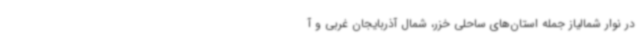
در نوار شمالیاز جمله استان‌های ساحلی خزر، شمال آذربایجان غربی و آ